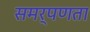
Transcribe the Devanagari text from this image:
समर्पणता